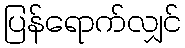
ပြန်ရောက်လျှင်